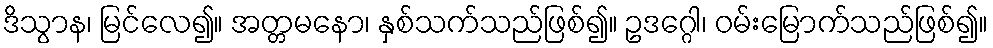
ဒိသွာန၊ မြင်လေ၍။ အတ္တမနော၊ နှစ်သက်သည်ဖြစ်၍။ ဥဒဂ္ဂေါ၊ ဝမ်းမြောက်သည်ဖြစ်၍။